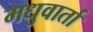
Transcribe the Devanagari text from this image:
मधुवार्ता